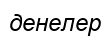
денелер